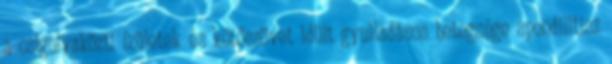
a csigolyaközti ízületek és kötőszövet idült gyulladásos betegsége spondilitisz